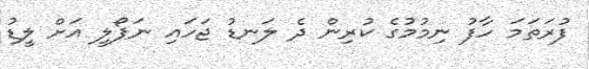
ފުރަތަމަ ހާފު ނިމުމުގެ ކުރިން ދެ ލަނޑު ޖަހައި ނަޕޯލީ އަށް ލީޑު